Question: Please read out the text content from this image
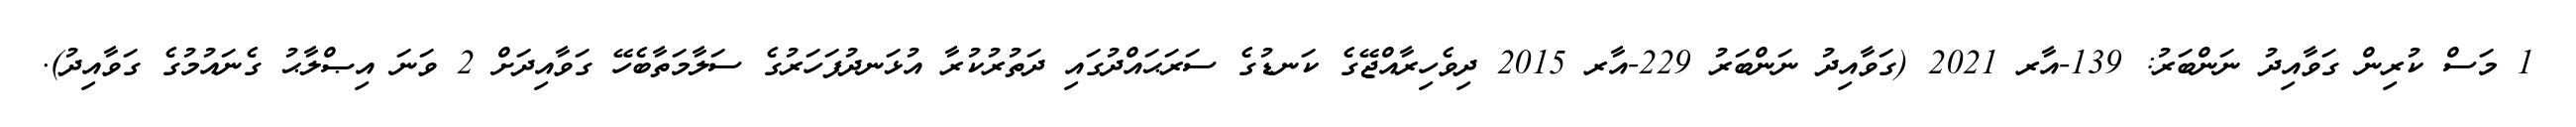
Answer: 1 މަސް ކުރިން ގަވާއިދު ނަންބަރު: 139-އާރ 2021 (ގަވާއިދު ނަންބަރު 229-އާރ 2015 ދިވެހިރާއްޖޭގެ ކަނޑުގެ ސަރަޙައްދުގައި ދަތުރުކުރާ އުޅަނދުފަހަރުގެ ސަލާމަތާބެހޭ ގަވާއިދަށް 2 ވަނަ އިޞްލާޙު ގެނައުމުގެ ގަވާއިދު).